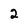
Character: 2